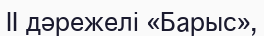
II дәрежелі «Барыс»,